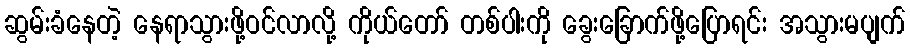
ဆွမ်းခံနေတဲ့ နေရာသွားဖို့ဝင်လာလို့ ကိုယ်တော် တစ်ပါးကို ခွေးခြောက်ဖို့ပြောရင်း အသွားမပျက်